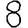
Digit: 8